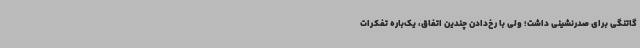
گاتنگی برای صدرنشینی داشت؛ ولی با رخ‌دادن چندین اتفاق، یک‌باره تفکرات